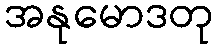
အနုမောဒတု